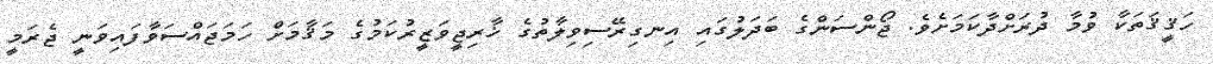
ހަޤީޤަތަކާ ވުމާ ދުރަށްދާކަމަށެވެ. ޖޯންސަންގެ ބަދަލުގައި އިނގިރޭސިވިލާތުގެ ޚާރިޖީވަޒީރުކަމުގެ މަޤާމަށް ހަމަޖައްސަވާފައިވަނީ ޖެރަމީ